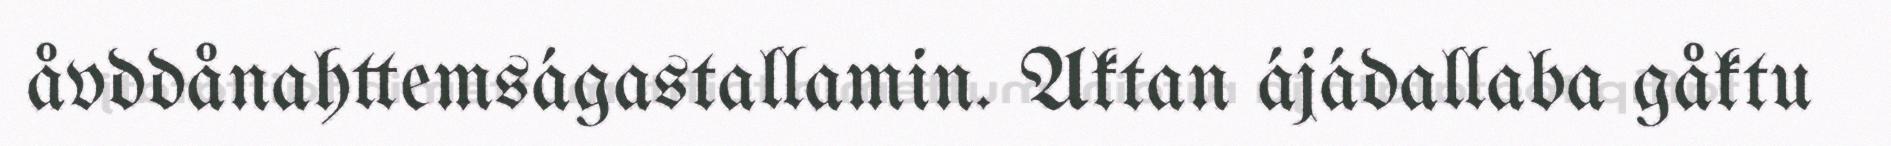
åvddånahttemságastallamin. Aktan ájádallaba gåktu